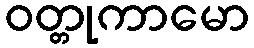
ဝတ္တုကာမော